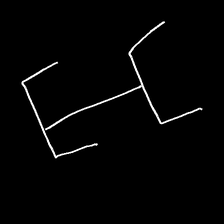
Glyph: entwine